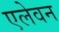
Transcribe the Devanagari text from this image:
एलेवन